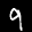
Label: 9